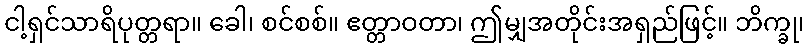
ငါ့ရှင်သာရိပုတ္တရာ။ ခေါ၊ စင်စစ်။ ဧတ္တာဝတာ၊ ဤမျှအတိုင်းအရှည်ဖြင့်။ ဘိက္ခု၊